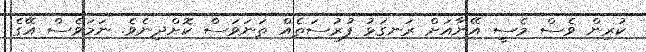
ކުރިން ވެސް މެސީ އޭނާއަށް ރަނގަޅު ފުރުސަތެއް ތަނަވަސް ކޮށްދިނެވެ. ނަމަވެސް އޭގެ